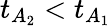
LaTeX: t_{A_{2}}<t_{A_{1}}